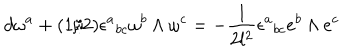
LaTeX: d \omega ^ { a } + ( 1 / 2 ) \epsilon ^ { a } { } _ { b c } \omega ^ { b } \wedge \omega ^ { c } = - \frac { 1 } { 2 l ^ { 2 } } \epsilon ^ { a } { } _ { b c } e ^ { b } \wedge e ^ { c }